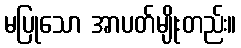
မပြုသော အာပတ်မျိုးတည်း။